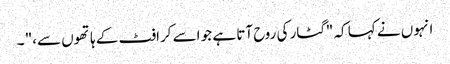
انہوں نے کہا کہ "گٹار کی روح آتا ہے جو اسے کرافٹ کے ہاتھوں سے،" ۔